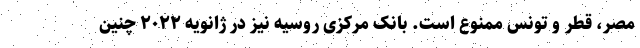
مصر، قطر و تونس ممنوع است. بانک مرکزی روسیه نیز در ژانویه ۲۰۲۲ چنین